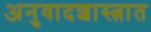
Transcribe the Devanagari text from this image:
अनुवादशास्त्रात